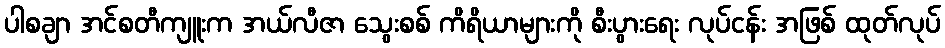
ပါစချာ အင်စတီကျူးက အယ်လီဇာ သွေးစစ် ကိရိယာများကို စီးပွားရေး လုပ်ငန်း အဖြစ် ထုတ်လုပ်